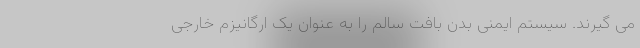
می گیرند. سیستم ایمنی بدن بافت سالم را به عنوان یک ارگانیزم خارجی